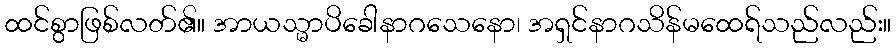
ထင်စွာဖြစ်လတ်၏။ အာယသ္မာပိခေါနာဂသေနော၊ အရှင်နာဂသိန်မထေရ်သည်လည်း။